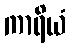
ကာရိယံ